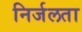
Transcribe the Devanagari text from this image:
निर्जलता